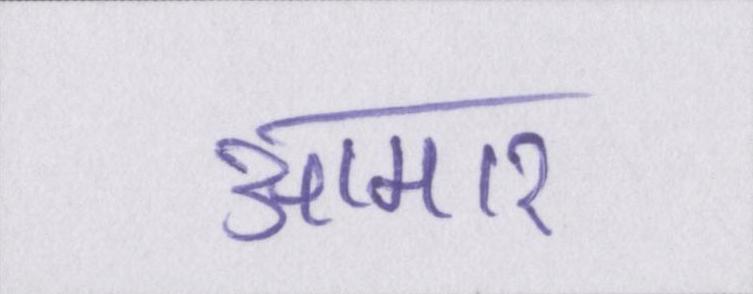
आमार